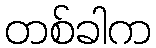
တစ်ခါက